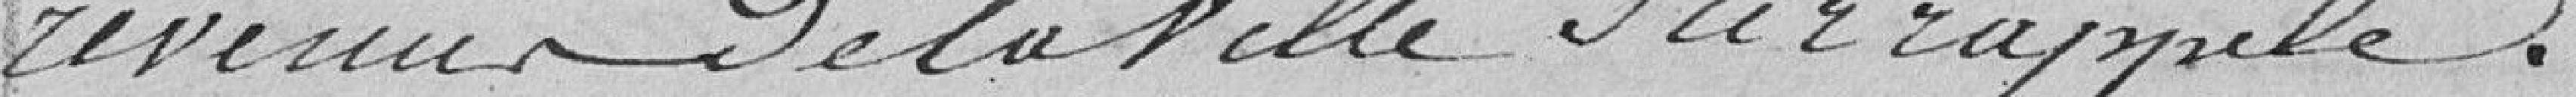
revenus de la ville sur rappelés